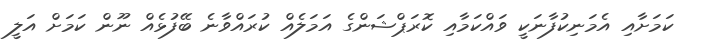
ކަމަށާއި އެމަނިކުފާނަކީ ވައްކަމާއި ކޮރަޕްޝަންގެ އަމަލެއް ކުރައްވާނެ ބޭފުޅެއް ނޫން ކަމަށް އަލީ